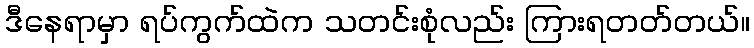
ဒီနေရာမှာ ရပ်ကွက်ထဲက သတင်းစုံလည်း ကြားရတတ်တယ်။